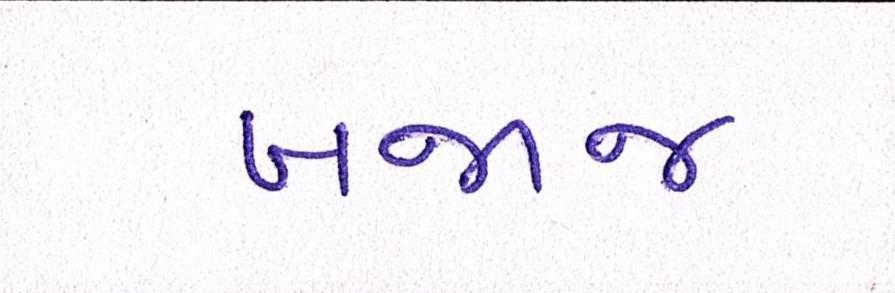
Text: બજાજ